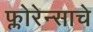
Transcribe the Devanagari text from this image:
फ्लोरेन्साचे